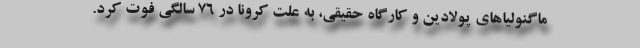
ماگنولیاهای پولادین و کارگاه حقیقی، به علت کرونا در ۷۶ سالگی فوت کرد.